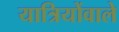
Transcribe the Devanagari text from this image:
यात्रियोंवाले